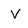
Character: v